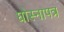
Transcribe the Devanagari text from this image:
घोस्नापत्र